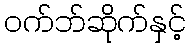
ဝက်ဘ်ဆိုက်နှင့်